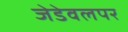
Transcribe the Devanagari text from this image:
जेडेवलपर